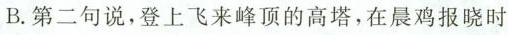
B. 第二句说，登上飞来峰顶的高塔，在晨鸡报晓时